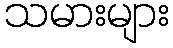
သမားများ